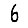
Digit: 6